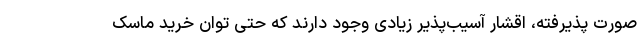
صورت پذیرفته، اقشار آسیب‌پذیر زیادی وجود دارند که حتی توان خرید ماسک